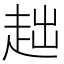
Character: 趉